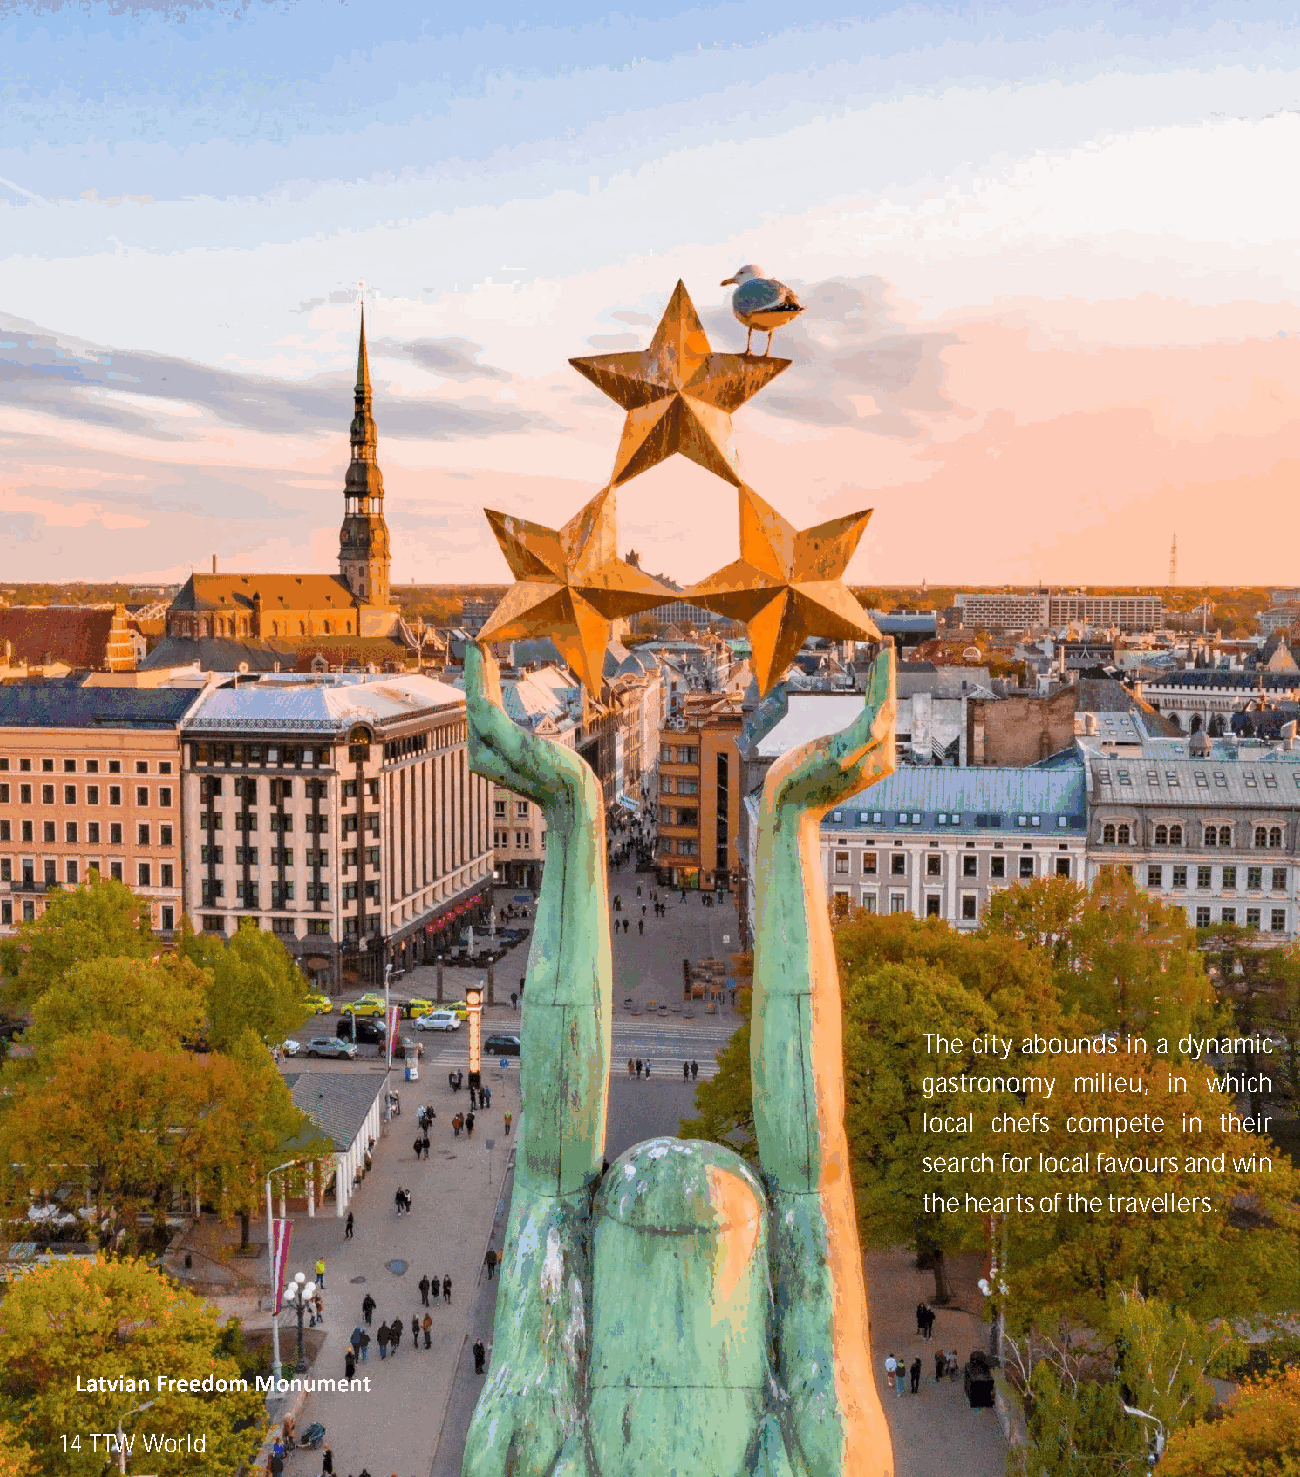
The city abounds in a dynamic
 gastronomy milieu, in which
 local chefs compete in their
 search for local favours and win
 the hearts of the travellers.
 14 TTW World